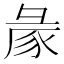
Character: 𢑡